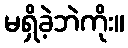
မရှိခဲ့ဘဲကိုး။